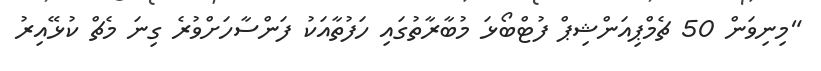
"މިނިވަން 50 ޗެމްޕިއަންޝިޕް ފުޓްބޯޅަ މުބާރާތުގައި ހަފުތާއަކު ފަންސާހަށްވުރެ ގިނަ މެޗް ކުޅޭއިރު